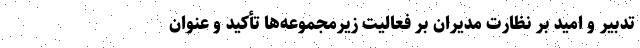
تدبیر و امید بر نظارت مدیران بر فعالیت زیرمجموعه‌ها تأکید و عنوان